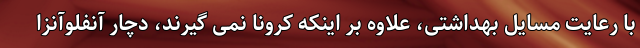
با رعایت مسایل بهداشتی، علاوه بر اینکه کرونا نمی گیرند، دچار آنفلوآنزا